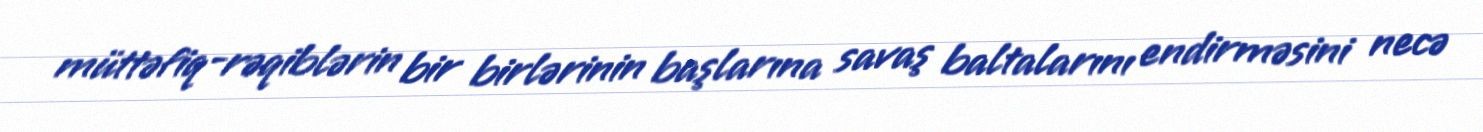
müttəfiq-rəqiblərin bir birlərinin başlarına savaş baltalarını endirməsini necə